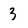
Character: 3